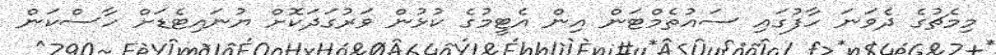
މިމެޗުގެ ދެވަނަ ހާފުގައި ސައުތެމްޓަން އިން އެޓީމުގެ ކުޅުން ވަރުގަދަކޮށް ޔުނައިޓެޑަށް ހާސްކަން